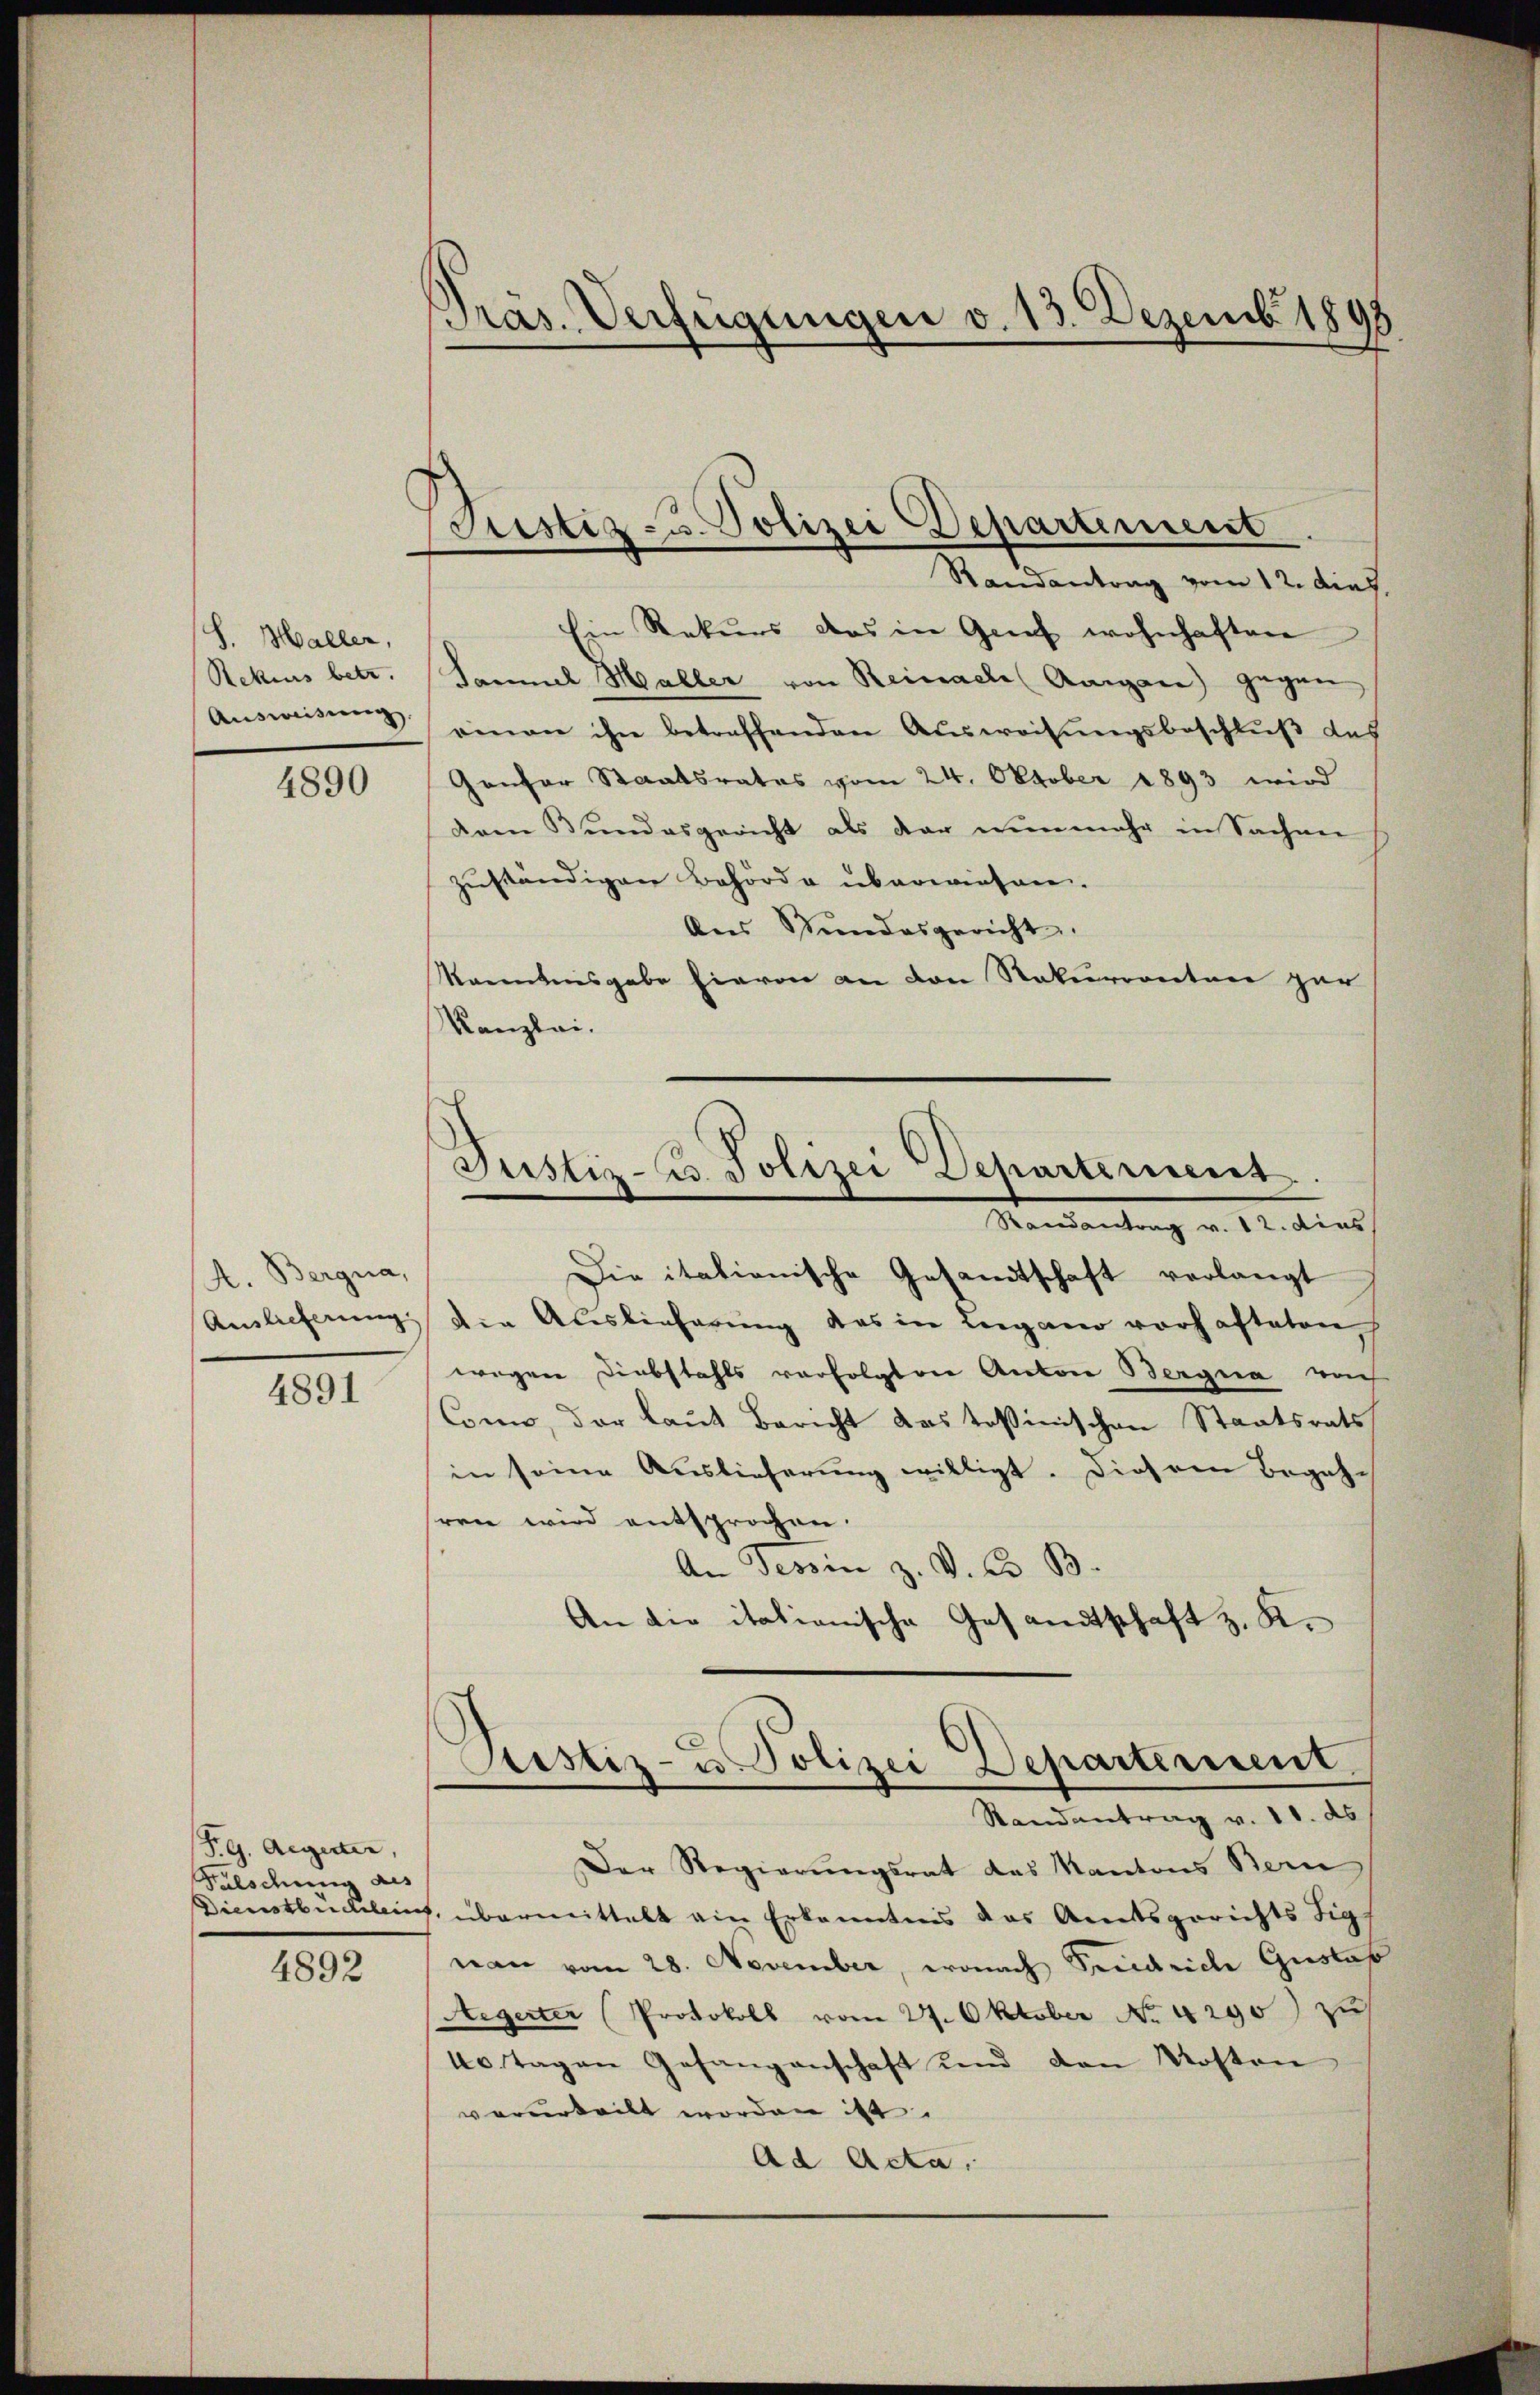
S. Maller,
Rekurs betr.
Ausweisung.

4890

A. Bergna,
4891

P.G. Aegeter,
Falschung des
4892

Pras. Verfügungen v. 13. Dezemb. 1898

Justiz- u. Polizei Departement
Randantrag vom 12. dies

Justiz- u. Polizei Dehartement.
Manwendung v. M. die

Ein Rekurs das in Genf wohnhaften
Sammel Maller von Reinach Aargau) gegen
einen ihn betreffenden Ausweisungsbeschluß des
Genfer Staatsrates vom 24. Oktober 1893 wird
dem Bundesgericht als der nunmehr in Sachen
zuständigen Behörde überwiesen.
Ans Stundesgericht.
Manntensgabe hievon an den Rekurrenten zur
Kanzlei.
Die itationische Gesandtschaft verlangt
Auslieferung die Auslieferung des in Lugano vorhafteten
wegen Diebstahls verfolgten Anton Bergra rech
Com, der laut Bericht das Teßinischen Staatsrats
in seine Auslieferung willigt. Diesem Begeh-
sren wird entsprochen.
An Tessin z. V. C. B.
An die itationische Gesandtschaft z. K.
Aistiz- u Polizei Departerient.
Randantrag v. 11. ds
Der Regierungsrat das Kantons Bern
Dienstbüchleich, übermittelt ein Erkenntnis das Amtsgerichts Sig
nan vom 28. November, wonach Friedriche Gustat
Aegerter (Protokoll vom 27. Oktober No. 4290) zu
40 Tagen Gefangenschaft und den Kosten
verurteilt worden ist.
Ad Acta,